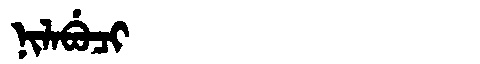
Manchu: ᠨᡳᠯᠠᠪᡠᠴᡳ
Romanization: NILABUCI